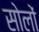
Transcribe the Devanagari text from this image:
सोलों